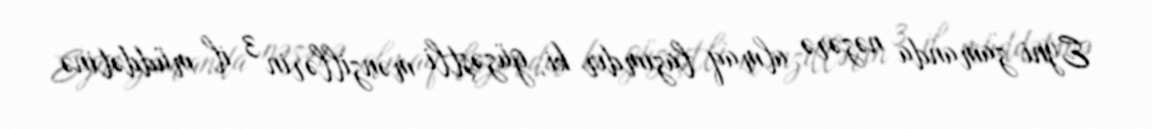
Eyni zamanda nəzərə almaq lazımdır ki, güzəştli mənzillərin 3 il müddətinə